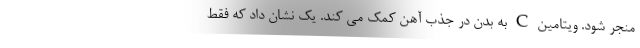
منجر شود. ویتامین C به بدن در جذب آهن کمک می کند. یک نشان داد که فقط